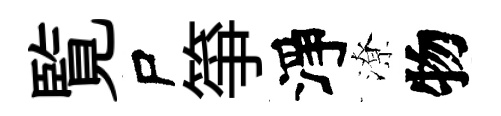
覧尸箏淨潦物